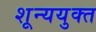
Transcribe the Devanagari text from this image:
शून्ययुक्त